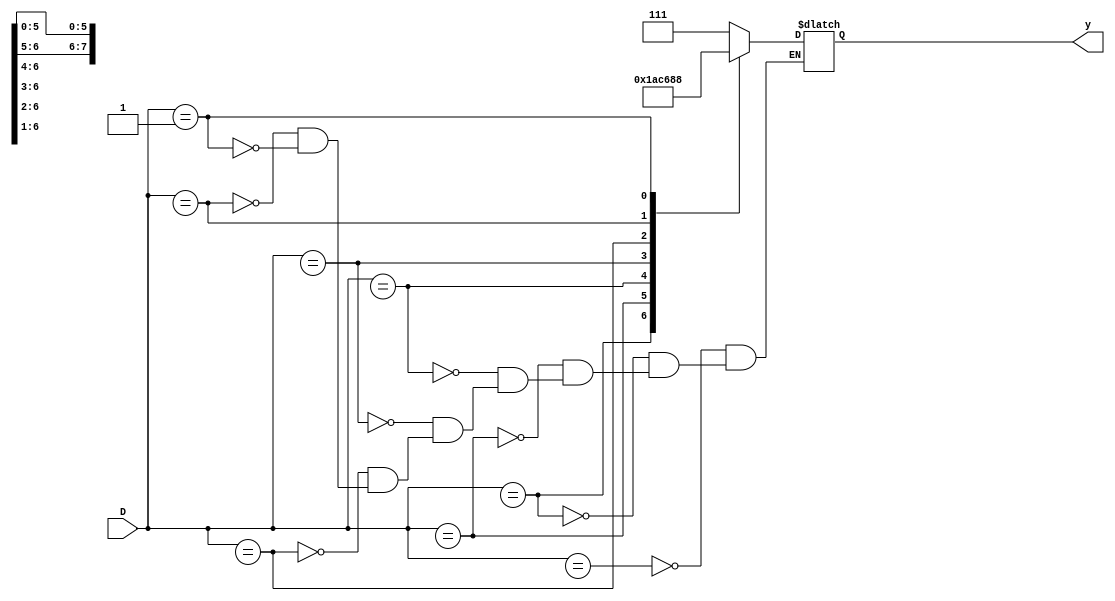
module priority8_3(input[7:0] D,output reg[2:0] y);
  always@(*)
    case(D)
      8'b1xxxxxxx: y = 3'b111;
      8'b01xxxxxx: y = 3'b110;
      8'b001xxxxx: y = 3'b101;
      8'b0001xxxx: y = 3'b100;
      8'b00001xxx: y = 3'b011;
      8'b000001xx: y = 3'b010;
      8'b0000001x: y = 3'b001;
      8'b00000001: y = 3'b000;
      default: $display("Invalid data received");
    endcase
endmodule